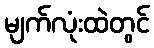
မျက်လုံးထဲတွင်